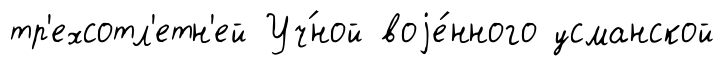
тр'ехсотл'етн'ей Уч́ной воjе́нного усманской